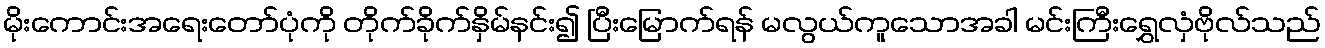
မိုးကောင်းအရေးတော်ပုံကို တိုက်ခိုက်နှိမ်နင်း၍ ပြီးမြောက်ရန် မလွယ်ကူသောအခါ မင်းကြီးရွှေလှံဗိုလ်သည်